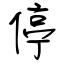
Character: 停